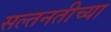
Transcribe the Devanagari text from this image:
सल्तनतीच्या